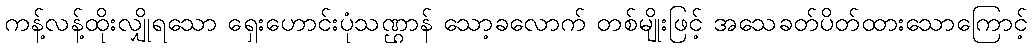
ကန့်လန့်ထိုးလျှိုရသော ရှေးဟောင်းပုံသဏ္ဌာန် သော့ခလောက် တစ်မျိုးဖြင့် အသေခတ်ပိတ်ထားသောကြောင့်